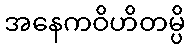
အနေကဝိဟိတမ္ပိ